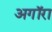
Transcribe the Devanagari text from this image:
अगॉरा